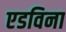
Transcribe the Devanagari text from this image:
एडविना